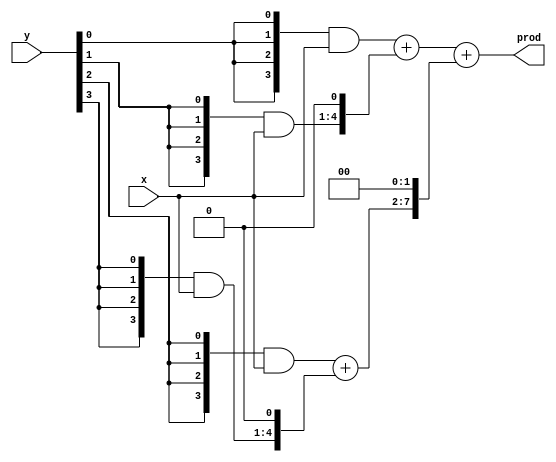
module MultU4Bits (
    input [3:0] x,
    input [3:0] y,
    output [7:0] prod
);
    wire [3:0] pp[0:3];

    genvar i;
    generate
        for (i = 0; i < 4; i = i+1)
        begin
          assign pp[i] = {4{y[i]}} & x;
        end
    endgenerate

    wire [5:0] sum0;
    wire [5:0] sum1;
    
    assign sum0 = {1'b0, pp[0]} + {pp[1], 1'b0};
    assign sum1 = {1'b0, pp[2]} + {pp[3], 1'b0};

    assign prod = {2'b00, sum0} + {sum1, 2'b00};
endmodule